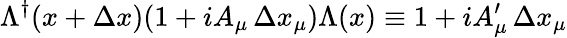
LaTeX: \Lambda^{\dagger}(x+\Delta x)(1+iA_{\mu}\, \Delta x_{\mu})\Lambda(x)\equiv 1+iA_{\mu}^{\prime}\, \Delta x_{\mu}